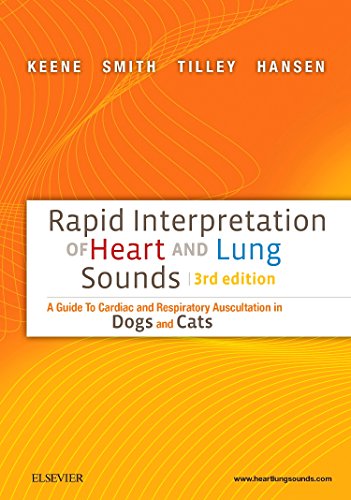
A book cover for Rapid Interpretation of Heart and Lung Sounds: A Guide to Cardiac and Respiratory Auscultation in Dogs and Cats, 3e; Bruce W. Keene DVM  MSc  DACVIM; Medical Books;